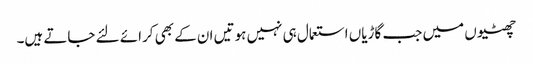
چھٹیوں میں جب گاڑیاں استعمال ہی نہیں ہوتیں ان کے بھی کرائے لئے جاتے ہیں۔